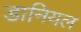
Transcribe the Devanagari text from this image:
डानियल